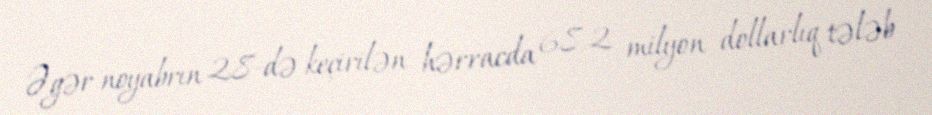
Əgər noyabrın 28-də keçirilən hərracda 68.2 milyon dollarlıq tələb